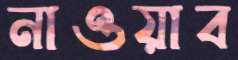
নাওয়াব